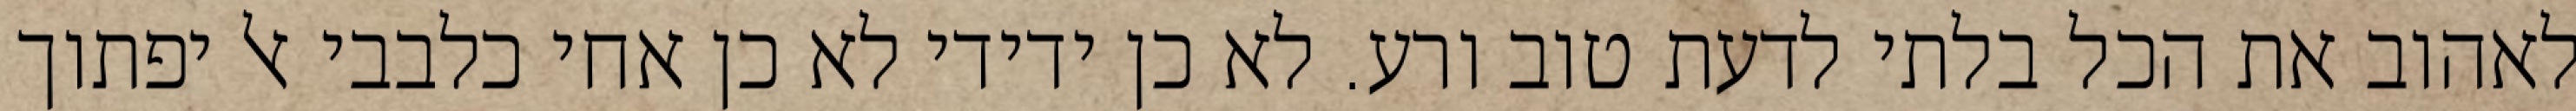
לאהוב את הכל בלתי לדעת טוב ורע. לא כן ידידי לא כן אחי כלבבי אל יפתוך